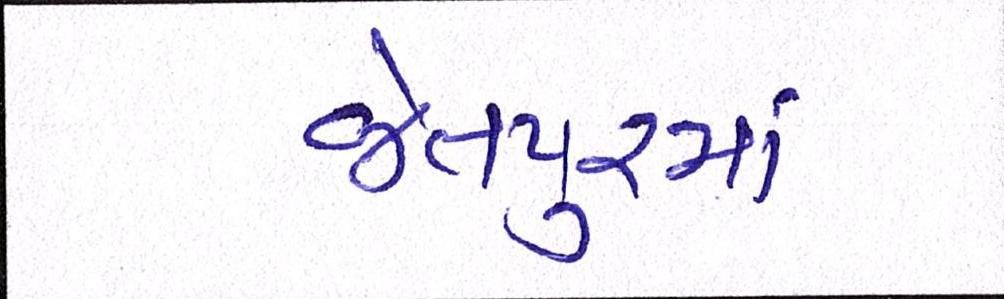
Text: જેતપુરમાં